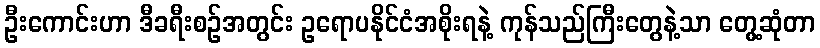
ဦးကောင်းဟာ ဒီခရီးစဉ်အတွင်း ဥရောပနိုင်ငံအစိုးရနဲ့ ကုန်သည်ကြီးတွေနဲ့သာ တွေ့ဆုံတာ